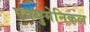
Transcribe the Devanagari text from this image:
एक्युमेनिकल